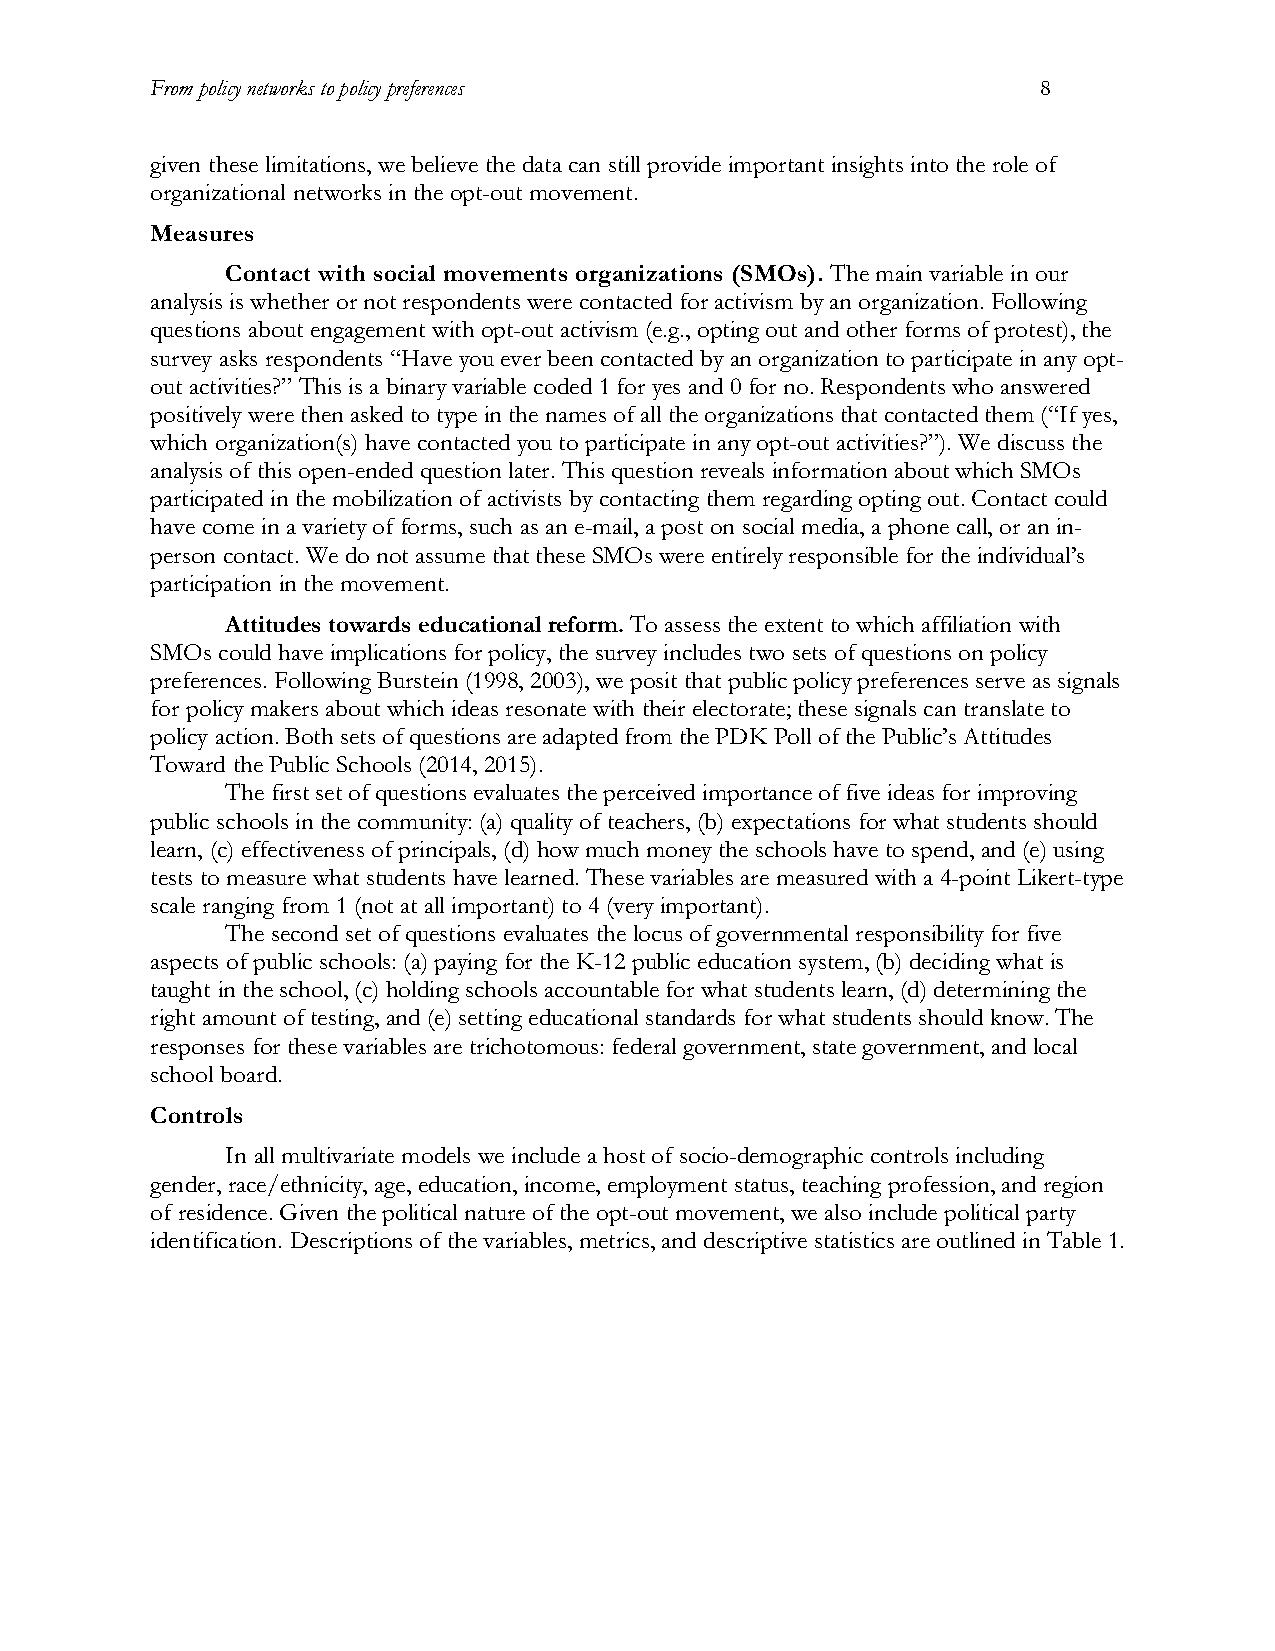
From policy networks to policy preferences                 8
 given these limitations, we believe the data can still provide important insights into the role of
 organizational networks in the opt-out movement.
 Measures
 Contact with social movements organizations (SMOs). The main variable in our
 analysis is whether or not respondents were contacted for activism by an organization. Following
 questions about engagement with opt-out activism (e.g., opting out and other forms of protest), the
 survey asks respondents “Have you ever been contacted by an organization to participate in any opt-
 out activities?” This is a binary variable coded 1 for yes and 0 for no. Respondents who answered
 positively were then asked to type in the names of all the organizations that contacted them (“If yes,
 which organization(s) have contacted you to participate in any opt-out activities?”). We discuss the
 analysis of this open-ended question later. This question reveals information about which SMOs
 participated in the mobilization of activists by contacting them regarding opting out. Contact could
 have come in a variety of forms, such as an e-mail, a post on social media, a phone call, or an in-
 person contact. We do not assume that these SMOs were entirely responsible for the individual’s
 participation in the movement.
 Attitudes towards educational reform. To assess the extent to which affiliation with
 SMOs could have implications for policy, the survey includes two sets of questions on policy
 preferences. Following Burstein (1998, 2003), we posit that public policy preferences serve as signals
 for policy makers about which ideas resonate with their electorate; these signals can translate to
 policy action. Both sets of questions are adapted from the PDK Poll of the Public’s Attitudes
 Toward the Public Schools (2014, 2015).
 The first set of questions evaluates the perceived importance of five ideas for improving
 public schools in the community: (a) quality of teachers, (b) expectations for what students should
 learn, (c) effectiveness of principals, (d) how much money the schools have to spend, and (e) using
 tests to measure what students have learned. These variables are measured with a 4-point Likert-type
 scale ranging from 1 (not at all important) to 4 (very important).
 The second set of questions evaluates the locus of governmental responsibility for five
 aspects of public schools: (a) paying for the K-12 public education system, (b) deciding what is
 taught in the school, (c) holding schools accountable for what students learn, (d) determining the
 right amount of testing, and (e) setting educational standards for what students should know. The
 responses for these variables are trichotomous: federal government, state government, and local
 school board.
 Controls
 In all multivariate models we include a host of socio-demographic controls including
 gender, race/ethnicity, age, education, income, employment status, teaching profession, and region
 of residence. Given the political nature of the opt-out movement, we also include political party
 identification. Descriptions of the variables, metrics, and descriptive statistics are outlined in Table 1.